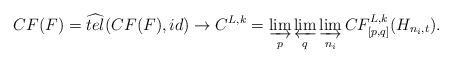
LaTeX: \begin{align*}CF(F)= \widehat{tel}(CF(F), id)\rightarrow C^{L,k}=\varinjlim_{p}\varprojlim_{q}\varinjlim_{n_{i}}CF^{L,k}_{[p,q]}(H_{n_{i},t}).\end{align*}